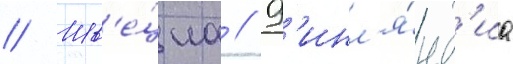
// Шв'е́циа // Ф'инл'я́нд'иа